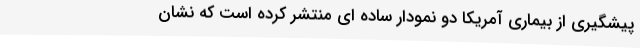
پیشگیری از بیماری آمریکا دو نمودار ساده ای منتشر کرده است که نشان